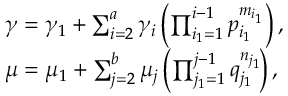
\begin{array} { r l } & { \gamma = \gamma _ { 1 } + \sum _ { i = 2 } ^ { a } \gamma _ { i } \left( \prod _ { i _ { 1 } = 1 } ^ { i - 1 } p _ { i _ { 1 } } ^ { m _ { i _ { 1 } } } \right) , } \\ & { \mu = \mu _ { 1 } + \sum _ { j = 2 } ^ { b } \mu _ { j } \left( \prod _ { j _ { 1 } = 1 } ^ { j - 1 } q _ { j _ { 1 } } ^ { n _ { j _ { 1 } } } \! \right) , } \end{array}